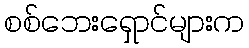
စစ်ဘေးရှောင်များက